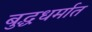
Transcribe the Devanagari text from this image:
बुद्धधर्मात